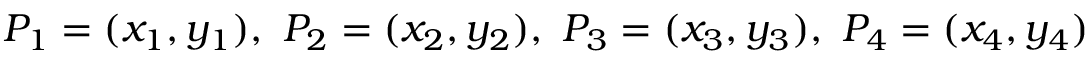
P _ { 1 } = ( x _ { 1 } , y _ { 1 } ) , \ P _ { 2 } = ( x _ { 2 } , y _ { 2 } ) , \ P _ { 3 } = ( x _ { 3 } , y _ { 3 } ) , \ P _ { 4 } = ( x _ { 4 } , y _ { 4 } )